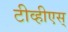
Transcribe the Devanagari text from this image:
टीव्हीएस्